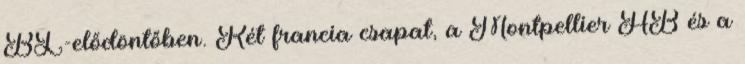
BL-elődöntőben. Két francia csapat, a Montpellier HB és a